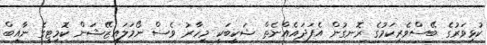
ކުޅިވަރުގެ ބޭސްވެރިކަމުގެ ރޮނގުން އެފަދައެއްނެތް ޝަކީބަކީ މިހާރު ވެސް ނޯމަލައިޒޭޝަން ކޮމިޓީގެ ނާއިބް